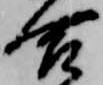
合